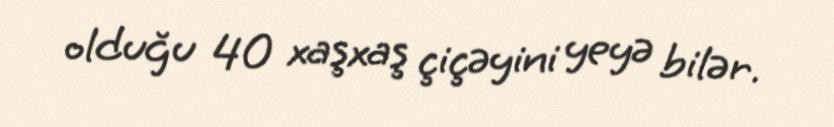
olduğu 40 xaşxaş çiçəyini yeyə bilər.